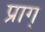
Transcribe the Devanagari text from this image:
प्राग्